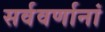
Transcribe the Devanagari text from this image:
सर्ववर्णानां